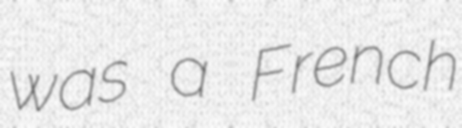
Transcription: was a French